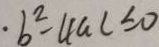
\cdot b ^ { 2 } - 4 a c \leq 0